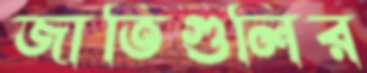
জাতিগুলির